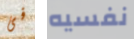
فى نفسيه